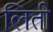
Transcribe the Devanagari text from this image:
लिती